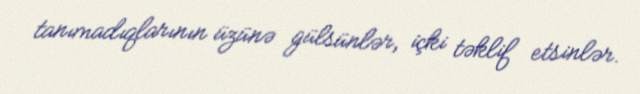
tanımadıqlarının üzünə gülsünlər, içki təklif etsinlər.